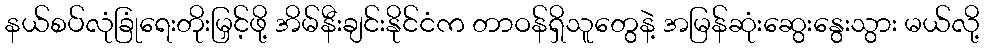
နယ်စပ်လုံခြုံရေးတိုးမြှင့်ဖို့ အိမ်နီးချင်းနိုင်ငံက တာဝန်ရှိသူတွေနဲ့ အမြန်ဆုံးဆွေးနွေးသွား မယ်လို့